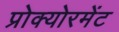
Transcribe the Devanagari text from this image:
प्रोक्योरमेंट